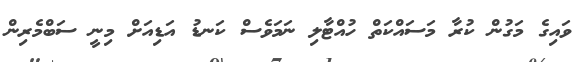
ވައިގެ މަގުން ކުރާ މަސައްކަތް ހުއްޓާލި ނަމަވެސް ކަނޑު އަޑިއަށް މިނީ ސަބްމެރިން